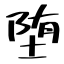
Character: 堕